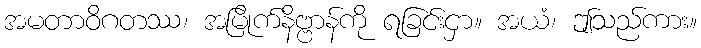
အမတာဝိဂတဿ၊ အမြိုက်နိဗ္ဗာန်ကို ရခြင်းငှာ။ အယံ၊ ဤသည်ကား။